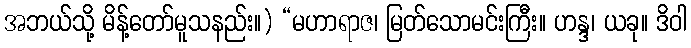
အဘယ်သို့ မိန့်တော်မူသနည်း။) “မဟာရာဇ၊ မြတ်သောမင်းကြီး။ ဟန္ဒ၊ ယခု။ ဒိဝါ